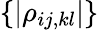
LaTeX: \{ |\rho_{ij,kl}|\}